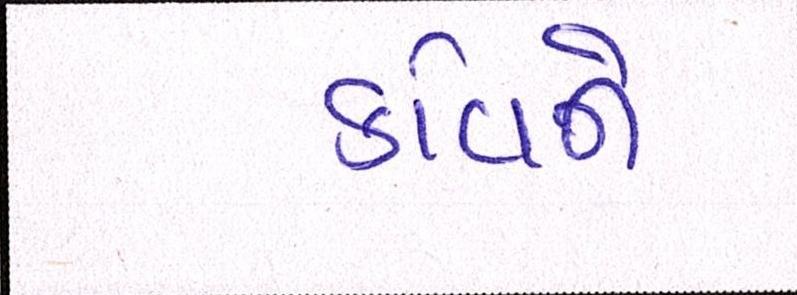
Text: કવિને